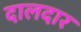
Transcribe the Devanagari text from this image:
दालदार